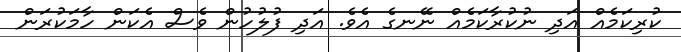
ކުރިކަމެއް އަދި ނުކުރާކަމެއް ނޭނގެ އެވެ. އަދި ފުލުހުން ވެސް އެކަން ހާމަކުރަން